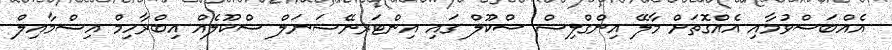
އެއްބަސްވުމާއި އެއްގޮތަށް މާލޭ އިންގްލިޝް ސްކޫލް ގައި އިންޓަރނޭޝަނަލް ސްކޫލެއް އިބްރާހިމް އިސްމާއިލް